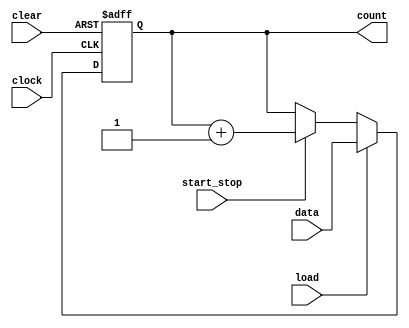
module count4b (clear, clock, load, start_stop, count, data);
  input [3:0] data;
  output [3:0] count;
  input start_stop;
  input load;
  input clock;
  input clear;
  reg [3:0] count;
  
  always @(posedge clock or posedge clear)
   if (clear) count <= 0;
    else if (load) count <= data;
              else if (start_stop) count <= count + 1;
endmodule